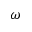
\omega